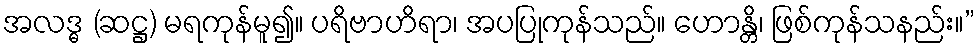
အလဒ္ဓ (ဆဋ္ဌ) မရကုန်မူ၍။ ပရိဗာဟိရာ၊ အပပြုကုန်သည်။ ဟောန္တိ၊ ဖြစ်ကုန်သနည်း။”